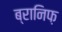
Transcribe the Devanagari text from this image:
ब्रानिफ़